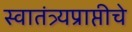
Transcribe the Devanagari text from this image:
स्वातंत्र्यप्राप्तीचे